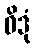
ဝိဒုံ